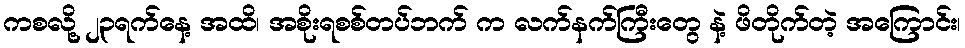
ကစလို့ ၂၃ရက်နေ့ အထိ၊ အစိုးရစစ်တပ်ဘက် က လက်နက်ကြီးတွေ နဲ့ ဖိတိုက်တဲ့ အကြောင်း၊